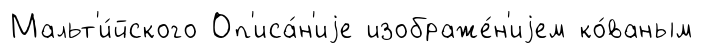
Мальт'и́йского Оп'иса́н'иjе изображе́н'иjем ко́ваным